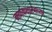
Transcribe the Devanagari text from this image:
नाणकशास्त्राच्या